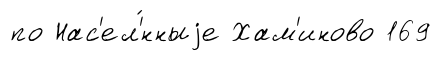
по Нас'ел'́нныjе Хам'иново 169